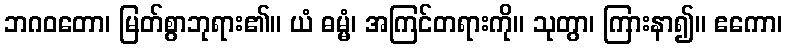
ဘဂဝတော၊ မြတ်စွာဘုရား၏။ ယံ ဓမ္မံ၊ အကြင်တရားကို။ သုတွာ၊ ကြားနာ၍။ ဧကော၊